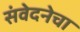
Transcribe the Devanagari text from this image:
संवेदनेचा